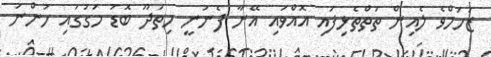
ޒަހަމްވެ ލެއިން ތަތްތެޅިފައި އޮއްވައި އޭނާ ފެނުނީ ހިތަދޫ ބޮޑު މަގުގައި ހުންނަ